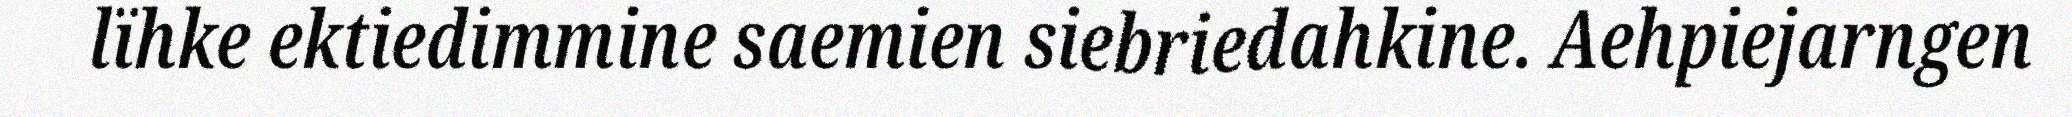
lïhke ektiedimmine saemien siebriedahkine. Aehpiejarngen